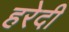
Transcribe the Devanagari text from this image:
हरेदी